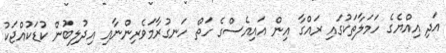
އަދި އިއްޔެގެ ހަމަލާތަކުގައި ރައްގާ އިން އައިއެސްގެ ހަތް ހަނގުރާމަވެރިންނާއި އިދުލިބުން ކުޑަކުއްޖަކު